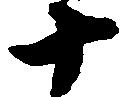
十